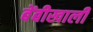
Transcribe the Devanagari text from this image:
बेंबीखाली